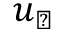
\boldsymbol { u } _ { \perp }